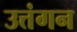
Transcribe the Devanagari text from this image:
उत्तंगन